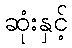
ဆုံးနှင့်